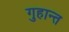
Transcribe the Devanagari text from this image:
गुहान्त